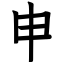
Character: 申